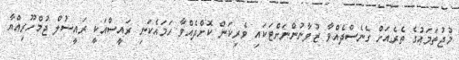
މުޖުތަމަޢުގެ ތެރެއަށް ގެނެސްދެއްވާ ޒުވާނުންނަށްޓަކައި ވެރިކަން ކޮށްދެއްވާ ހަމައެކަނި ރައީސްއަކީ ރައީސުލް ޖުމްހޫރިއްޔާ